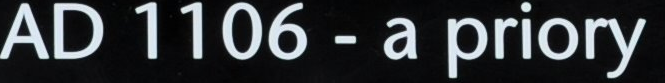
AD 1106 - a priory